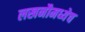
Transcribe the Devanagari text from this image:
लखनौमध्येच